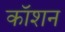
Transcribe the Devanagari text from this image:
कॉशन